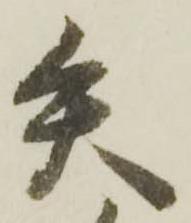
矢